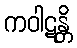
ကဝါဋန္တိ